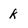
Character: k